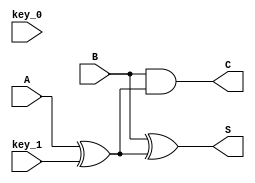
module hlfaddr (key_0, B, A, key_1, S, C);
  input key_0;
  input B;
  input A;
  input key_1;

  output S;
  output C;

  wire s2;
  wire key_gate_1;
  wire S;
  wire C;
  wire key_gate_0;

  buf g_0(s2, C);
  xor g_1(key_gate_1, A, key_1);
  xor g_2(S, B, key_gate_1);
  and g_3(C, B, key_gate_1);
  xor g_4(key_gate_0, s2, key_0);
endmodule